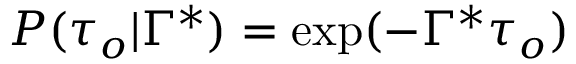
P ( \tau _ { o } \vert \Gamma ^ { * } ) = \exp ( - \Gamma ^ { * } \tau _ { o } )